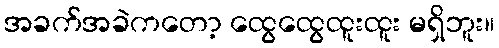
အခက်အခဲကတော့ ထွေထွေထူးထူး မရှိဘူး။